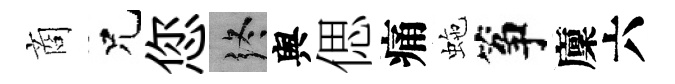
商兄您终舆偲痛虵筝廩六